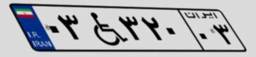
۰۳W۳۲۰۰۳